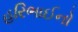
હરિભાઈનો